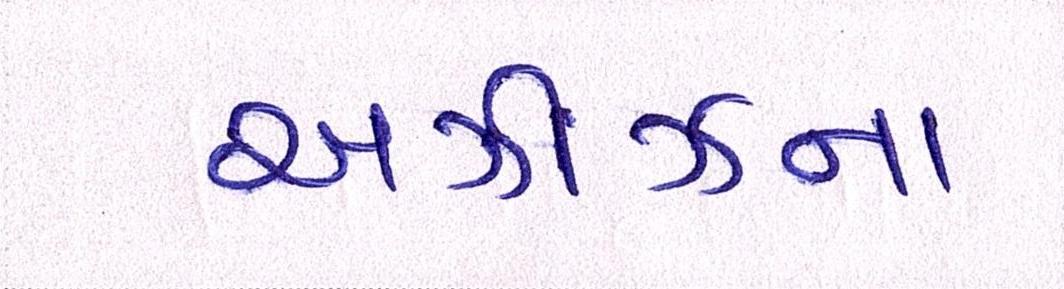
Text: અઝીઝના